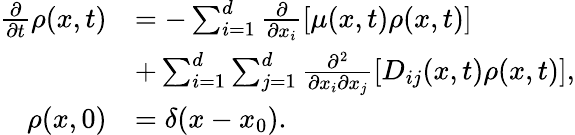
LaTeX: \begin{array}{rl}{\frac{\partial}{\partial t}\rho(x,t)}&{=-\sum_{i=1}^{d}\frac{\partial}{\partial x_{i}}[\mu(x,t)\rho(x,t)]}\\ &{+\sum_{i=1}^{d}\sum_{j=1}^{d}\frac{\partial^{2}}{\partial x_{i}\partial x_{j}}[D_{ij}(x,t)\rho(x,t)],}\\ {\rho(x,0)}&{=\delta(x-x_{0}).}\end{array}